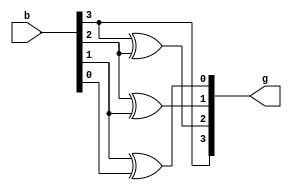
module bintogray(b,g);
input [3:0]b;
output [3:0]g;
assign g[3]=b[3];
assign g[2]=b[3]^b[2];
assign g[1]=b[2]^b[1];
assign g[0]=b[1]^b[0];
endmodule

module bintogray_tb;
reg [3:0]b;
wire [3:0]g;
bintogray b1(b,g);
initial
begin
#10 b=4'b0011;
#10 b=4'b1001;
end
endmodule